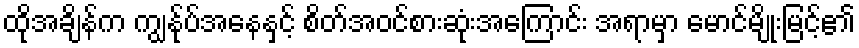
ထိုအချိန်က ကျွန်ုပ်အနေနှင့် စိတ်အဝင်စားဆုံးအကြောင်း အရာမှာ မောင်မျိုးမြင့်၏